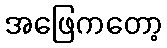
အဖြေကတော့